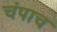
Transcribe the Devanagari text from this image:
चंपाच